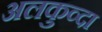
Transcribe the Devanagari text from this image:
अलकुव्दा